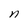
Character: n